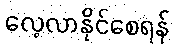
လေ့လာနိုင်စေရန်